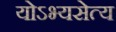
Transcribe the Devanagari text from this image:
योऽभ्यसेत्य